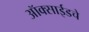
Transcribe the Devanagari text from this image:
ऑक्साईडचे